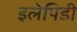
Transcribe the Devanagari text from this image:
इलेपिडी